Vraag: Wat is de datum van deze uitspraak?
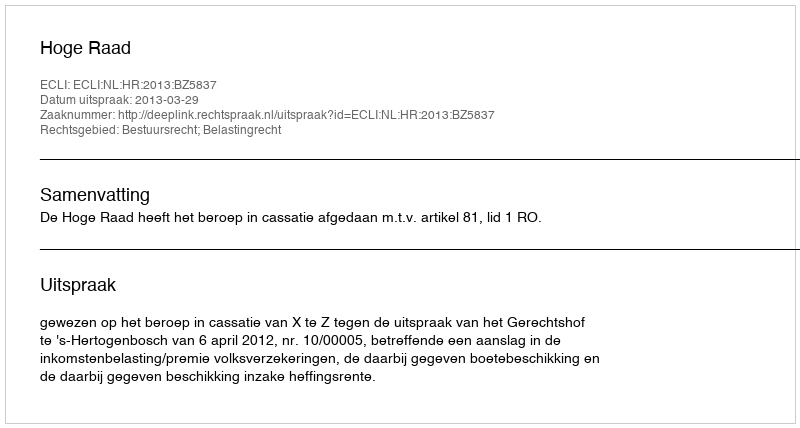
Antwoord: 2013-03-29